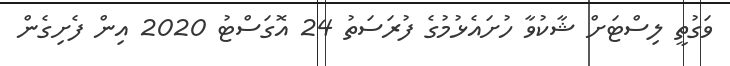
ވަގުތީ ލިސްޓަށް ޝާކުވާ ހުށައެޅުމުގެ ފުރަސަތު 24 އޮގަސްޓު 2020 އިން ފެށިގެން